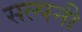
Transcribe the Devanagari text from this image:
सल्पनी